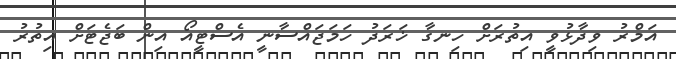
އަމްރު ވިދާޅުވީ އިތުރަށް ހިނގާ ޚަރަދު ހަމަޖައްސާނީ އެސްޓީއޯ އިން ބަޖެޓަށް އިތުރު